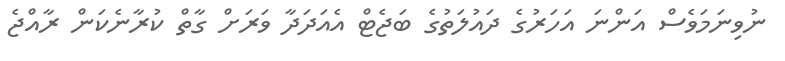
ނުވިނަމަވެސް އަންނަ އަހަރުގެ ދައުލަތުގެ ބަޖެޓް އެއަދަދާ ވަރަށް ގާތް ކުރާނެކަން ރާއްޖެ